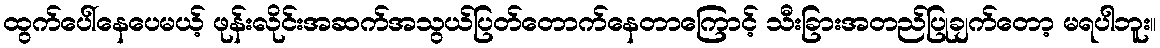
ထွက်ပေါ်နေပေမယ့် ဖုန်းလိုင်းအဆက်အသွယ်ပြတ်တောက်နေတာကြောင့် သီးခြားအတည်ပြုချက်တော့ မရပါဘူး။